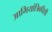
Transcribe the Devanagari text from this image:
आभियांत्रिकीशी